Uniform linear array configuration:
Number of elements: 16
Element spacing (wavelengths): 0.5
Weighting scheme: kaiser
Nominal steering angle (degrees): -60
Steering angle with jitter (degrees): -59.738
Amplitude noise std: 0.05
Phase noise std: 0.05

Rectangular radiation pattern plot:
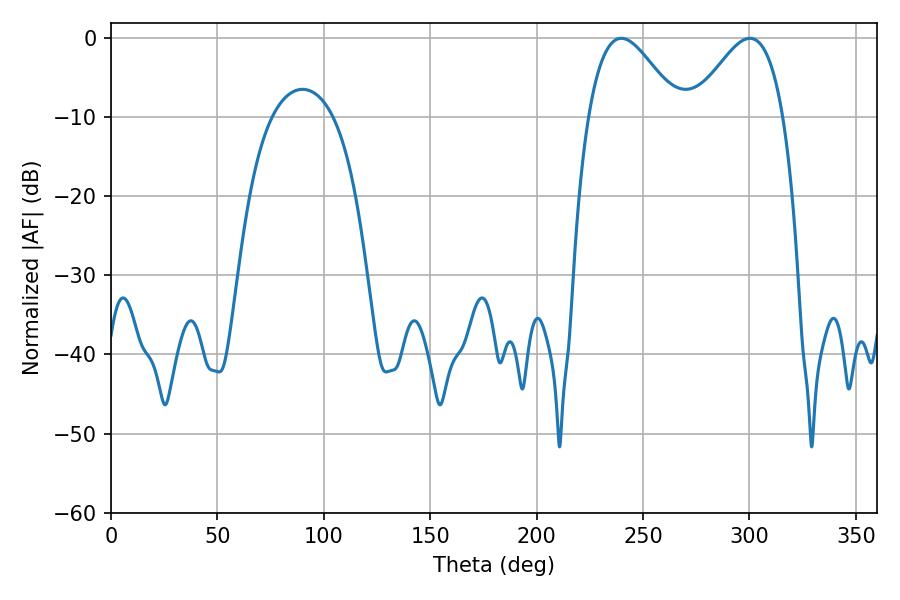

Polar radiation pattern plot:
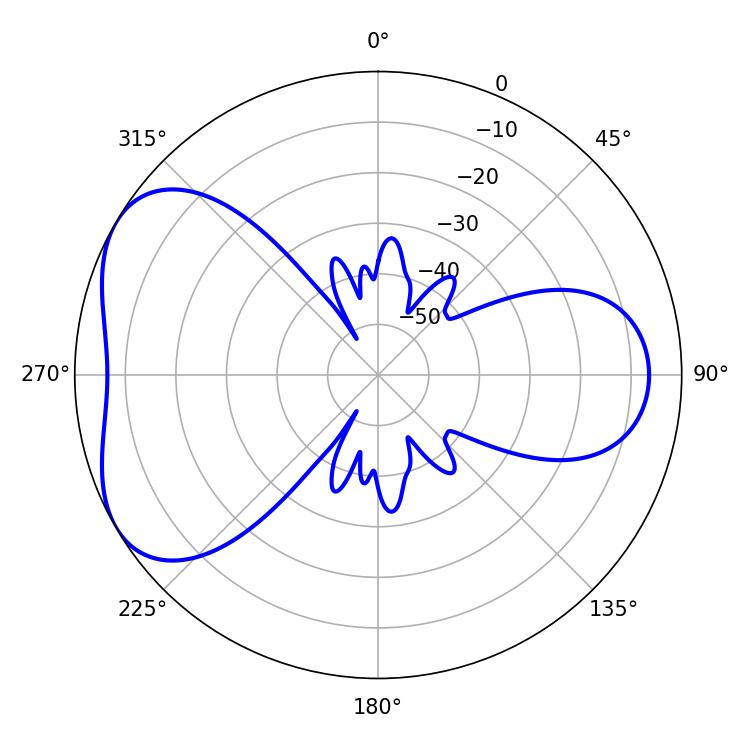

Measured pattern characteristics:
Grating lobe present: FALSE
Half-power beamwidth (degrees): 22.68
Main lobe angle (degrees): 239.76